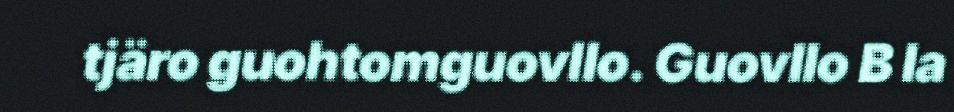
tjäro guohtomguovllo. Guovllo B la